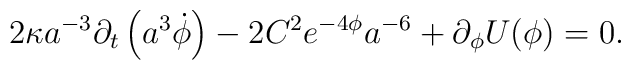
2\kappa a^{-3} \partial_t \left( a^3 \dot \phi \right)   - 2 C^2 e^{-4\phi} a^{-6} + \partial_\phi U(\phi) = 0.